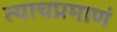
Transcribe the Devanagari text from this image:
त्याचप्रमाणं